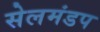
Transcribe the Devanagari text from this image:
सेलमंडप